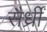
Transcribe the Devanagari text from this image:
सैर्ध्रीं